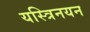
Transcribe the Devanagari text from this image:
यस्त्रिनयन